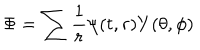
LaTeX: \Phi = \sum \displaystyle \frac { 1 } { r } \psi ( t , r ) Y ( \theta , \phi )